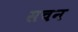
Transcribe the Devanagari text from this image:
सचन